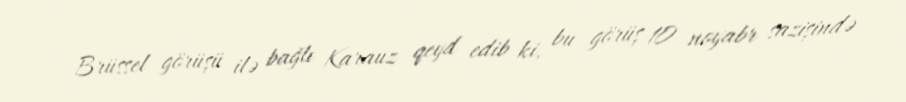
Brüssel görüşü ilə bağlı Karauz qeyd edib ki, bu görüş 10 noyabr sazişində